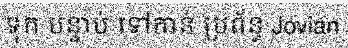
ទុក បន្ទាប់ ទៅកាន់ ប្រព័ន្ធ Jovian